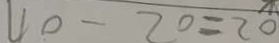
4 0 - 2 0 = 2 0